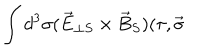
LaTeX: \int d ^ { 3 } \sigma ( \vec { E } _ { \perp S } \times \vec { B } _ { S } ) ( \tau , \vec { \sigma }